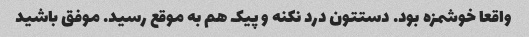
واقعا خوشمزه بود. دستتون درد نکنه و پیک هم به موقع رسید. موفق باشید